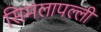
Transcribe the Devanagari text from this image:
सिमलापल्ली